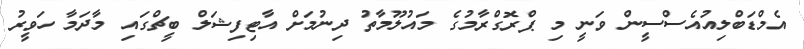
އެމްޑަބްލިއުއެސްސީން ވަނީ މި ޕްރޮގްރާމުގެ މައުލޫމާތު ދިނުމަށް އާޓިފިޝަލް ބީޗްގައި މާދަމާ ހަވީރު